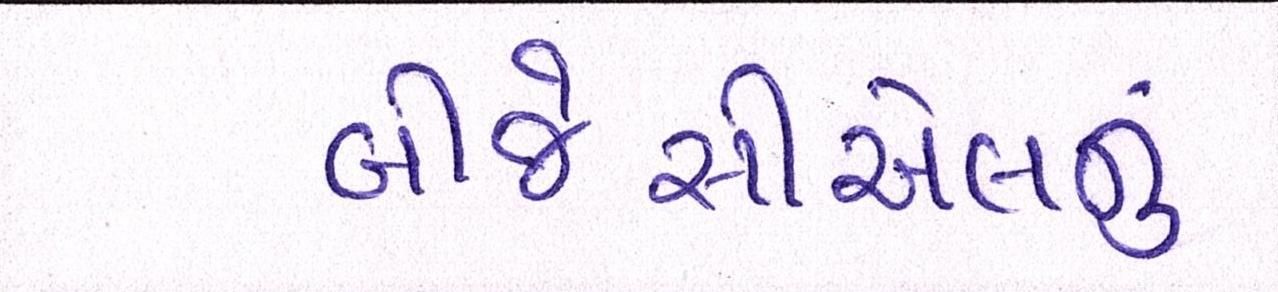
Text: બીજેસીએલનું